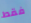
فقط